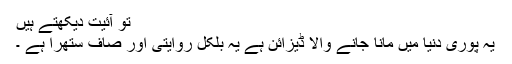
تو آئیت دیکھتے ہیں
یہ پوری دنیا میں مانا جانے والا ڈیزائن ہے یہ بلکل روایتی اور صاف ستھرا ہے ۔